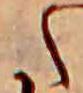
た